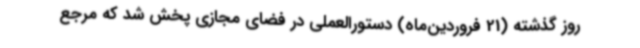
روز گذشته (21 فروردین‌ماه) دستورالعملی در فضای مجازی پخش شد که مرجع